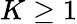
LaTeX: K\ge 1